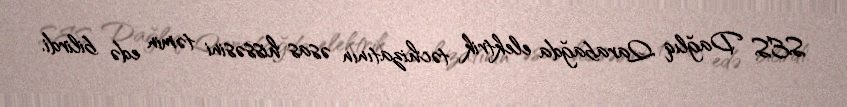
SES Dağlıq Qarabağda elektrik təchizatının əsas hissəsini təmin edə bilirdi.